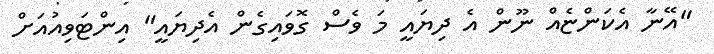
"އޭނާ އެކަންޏެއް ނޫން އެ ދިޔައީ މަ ވެސް ގޮވައިގެން އެދިޔައީ" އިންޓަވިއުއަށް